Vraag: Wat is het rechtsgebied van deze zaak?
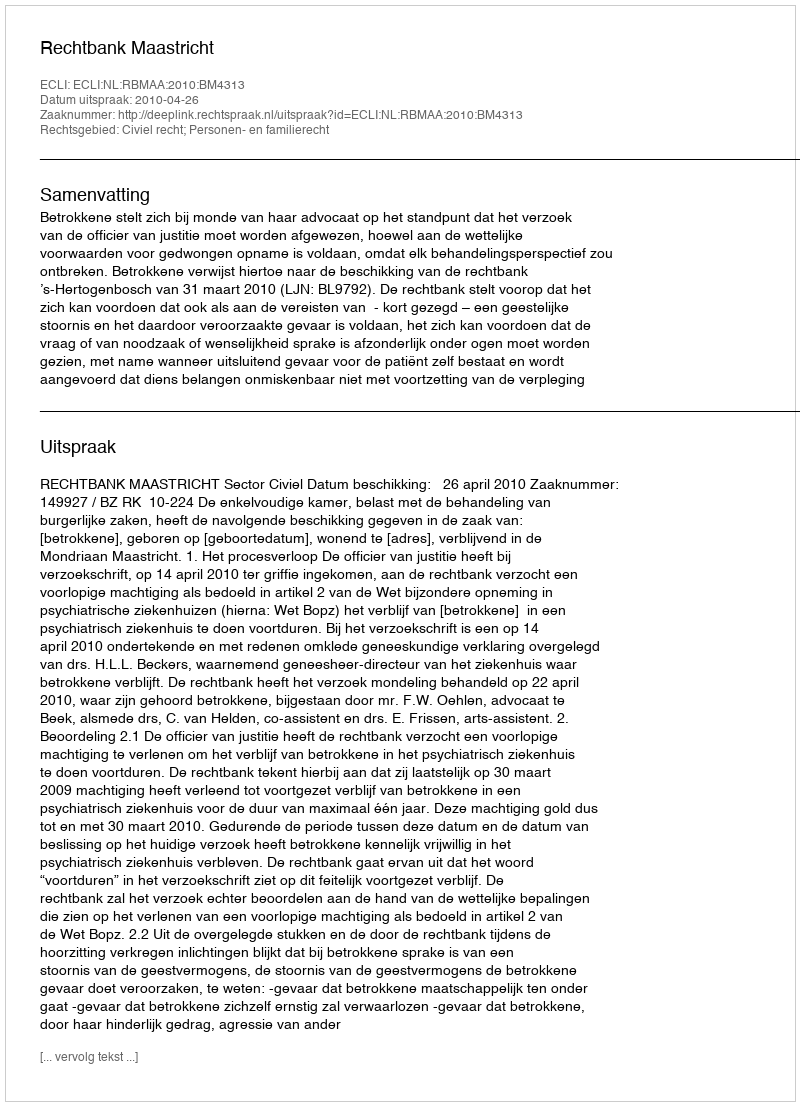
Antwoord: Civiel recht; Personen- en familierecht